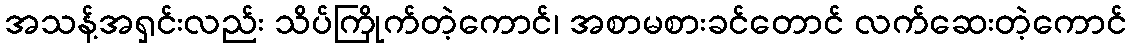
အသန့်အရှင်းလည်း သိပ်ကြိုက်တဲ့ကောင်၊ အစာမစားခင်တောင် လက်ဆေးတဲ့ကောင်